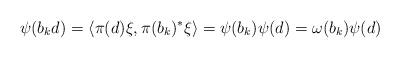
LaTeX: \begin{align*}\psi(b_{k}d)&=\langle \pi(d)\xi,\pi(b_k)^*\xi \rangle=\psi(b_{k})\psi(d)=\omega(b_k)\psi(d)\end{align*}